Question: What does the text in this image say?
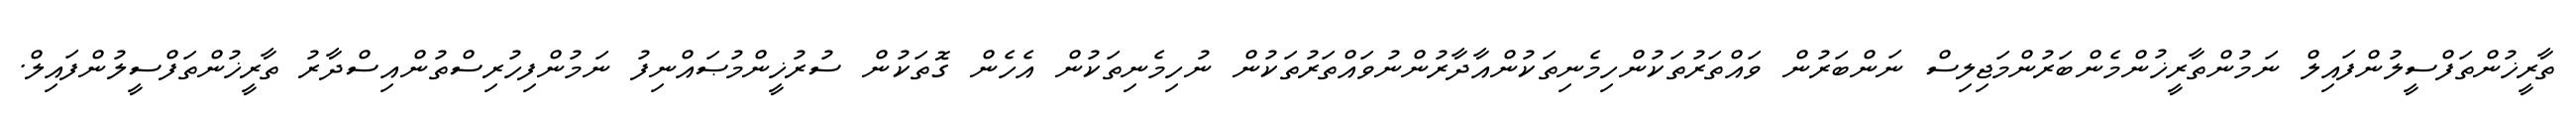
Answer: ތާރީޚުންތަފްސީލުންފައިލް ނަމުންތާރީޚުންމެންބަރުންމަޖިލިސް ނަންބަރުން ވައްތަރުތަކުންހިމެނިތަކުންއާދާރުންނުވައްތަރުތަކުން ނުހިމެނިތަކުން އެހެން ގޮތަކުން ސުރުޚީންމުޞައްނިފު ނަމުންފިހުރިސްތުންއިސްދާރު ތާރީޚުންތަފްސީލުންފައިލް.